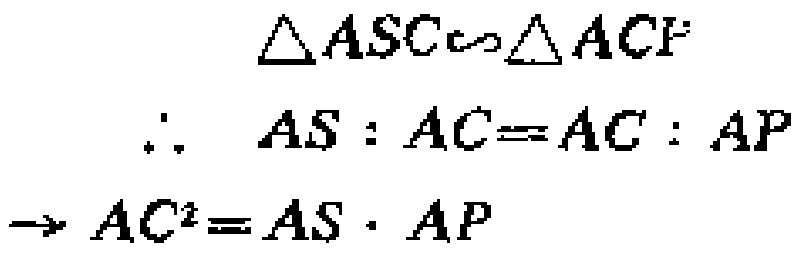
$\begin{align*}
&\triangle ASC\sim\triangle ACP\\
&\therefore\ AS:AC = AC:AP\\
&\rightarrow AC^{2}=AS\cdot AP
\end{align*}$